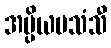
အပ္ပိယပသံသီ